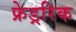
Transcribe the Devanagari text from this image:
फ्रेड्ररिक